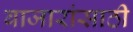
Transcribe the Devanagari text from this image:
बाजारांसाठी